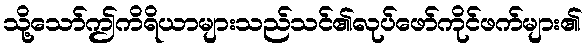
သို့သော်ဤကိရိယာများသည်သင်၏လုပ်ဖော်ကိုင်ဖက်များ၏